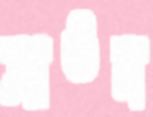
সাওন